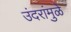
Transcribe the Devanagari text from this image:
उंदरांमुळे